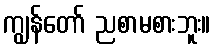
ကျွန်တော် ညစာမစားဘူး။